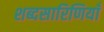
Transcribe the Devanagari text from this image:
शब्दसारिणियाँ